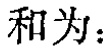
和为：